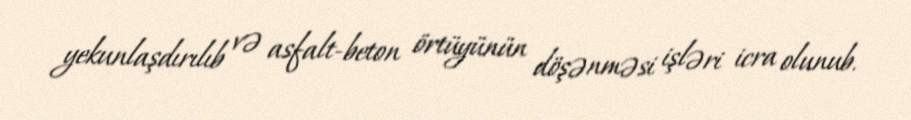
yekunlaşdırılıb və asfalt-beton örtüyünün döşənməsi işləri icra olunub.